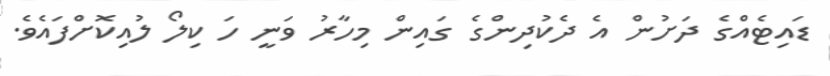
ޑައިޓެއްގެ ދަށުން އެ ދެކުދިންގެ ގައިން މިހާރު ވަނީ ހަ ކިލޯ ލުއިކޮށްފައެވެ.